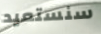
سنستعيد